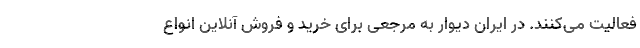
فعالیت می‌کنند. در ایران دیوار به مرجعی برای خرید و فروش آنلاین انواع